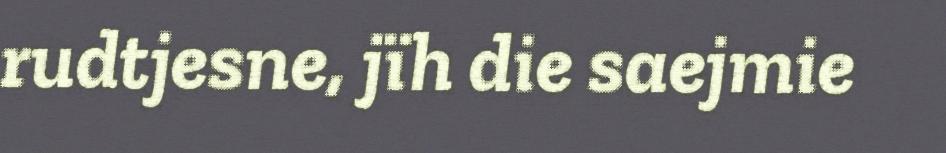
rudtjesne, jïh die saejmie